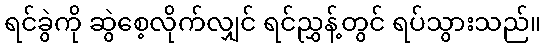
ရင်ခွဲကို ဆွဲစေ့လိုက်လျှင် ရင်ညွှန့်တွင် ရပ်သွားသည်။